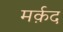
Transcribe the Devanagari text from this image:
मर्क़द